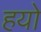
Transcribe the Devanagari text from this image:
हयो